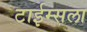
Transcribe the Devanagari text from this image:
टाईम्सला